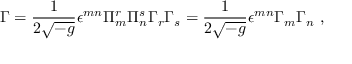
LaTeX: \Gamma = \frac { 1 } { 2 \sqrt { - g } } \epsilon ^ { m n } \Pi _ { m } ^ { r } \Pi _ { n } ^ { s } \Gamma _ { r } \Gamma _ { s } = \frac { 1 } { 2 \sqrt { - g } } \epsilon ^ { m n } \Gamma _ { m } \Gamma _ { n } ~ ,